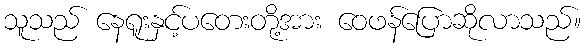
သူသည် နေရူးနှင့်ပတေးတို့အား ဝေဖန်ပြောဆိုလာသည်။